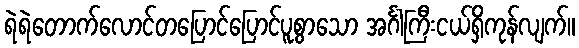
ရဲရဲတောက်လောင်တပြောင်ပြောင်ပူစွာသော အင်္ဂါကြီးငယ်ရှိကုန်လျက်။